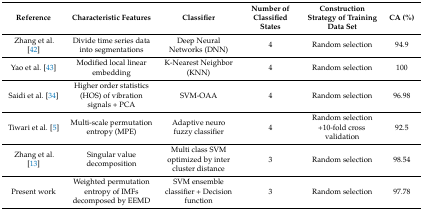
<table><thead><tr><td><b>Reference</b></td><td><b>Characteristic Features</b></td><td><b>Classifier</b></td><td><b>Number of Classified States</b></td><td><b>Construction Strategy of Training Data Set</b></td><td><b>CA (%)</b></td></tr></thead><tbody><tr><td>Zhang et al. [42]</td><td>Divide time series data into segmentations</td><td>Deep Neural Networks (DNN)</td><td>4</td><td>Random selection</td><td>94.9</td></tr><tr><td>Yao et al. [43]</td><td>Modified local linear embedding</td><td>K-Nearest Neighbor (KNN)</td><td>4</td><td>Random selection</td><td>100</td></tr><tr><td>Saidi et al. [34]</td><td>Higher order statistics (HOS) of vibration signals + PCA</td><td>SVM-OAA</td><td>4</td><td>Random selection</td><td>96.98</td></tr><tr><td>Tiwari et al. [5]</td><td>Multi-scale permutation entropy (MPE)</td><td>Adaptive neuro fuzzy classifier</td><td>4</td><td>Random selection +10-fold cross validation</td><td>92.5</td></tr><tr><td>Zhang et al. [13]</td><td>Singular value decomposition</td><td>Multi class SVM optimized by inter cluster distance</td><td>3</td><td>Random selection</td><td>98.54</td></tr><tr><td>Present work</td><td>Weighted permutation entropy of IMFs decomposed by EEMD</td><td>SVM ensemble classifier + Decision function</td><td>3</td><td>Random selection</td><td>97.78</td></tr></tbody></table>